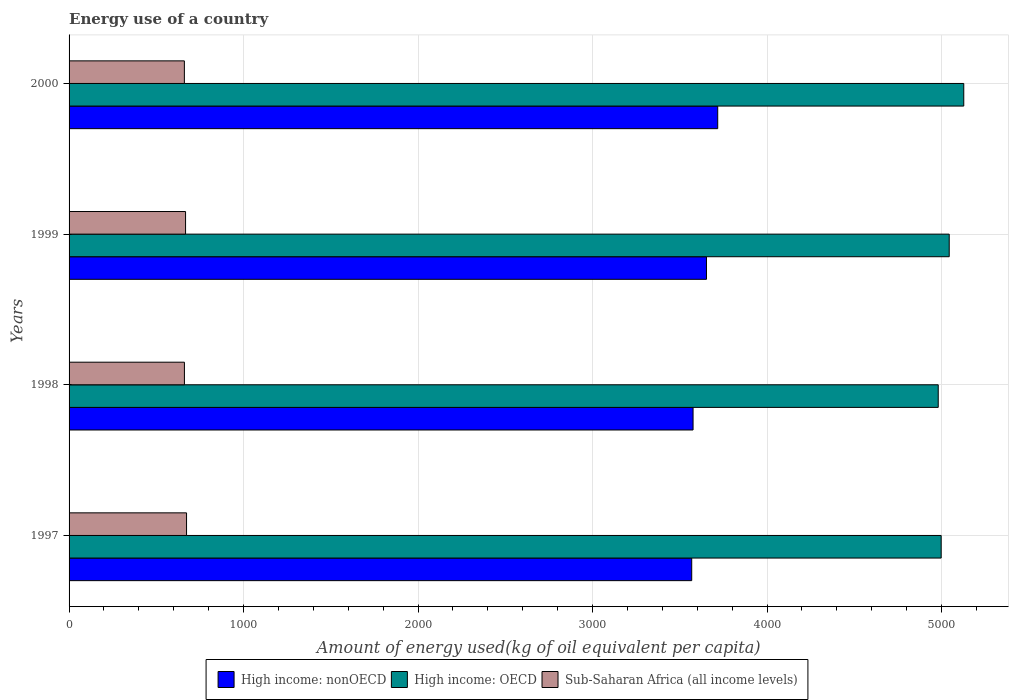
| Years | High income: nonOECD | High income: OECD | Sub-Saharan Africa (all income levels) |
 | --- | --- | --- | --- |
 | 1997 | 3.57e+03 | 5e+03 | 673 |
 | 1998 | 3.58e+03 | 4.98e+03 | 661 |
 | 1999 | 3.65e+03 | 5.04e+03 | 668 |
 | 2000 | 3.72e+03 | 5.13e+03 | 661 |